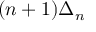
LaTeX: ( n + 1 ) \Delta _ { n }